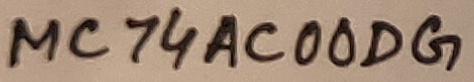
Text: MC74AC00DG